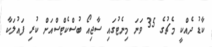
ކާޑު ދެއްކީ މެޗުގެ 35 ވަނަ މިނެޓުގައި ސާޖިއޯ ބުސްކެޓްސްއަށް ކުރި ފައުލަކާ